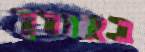
באורך